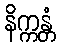
နိက္ကန္တံ